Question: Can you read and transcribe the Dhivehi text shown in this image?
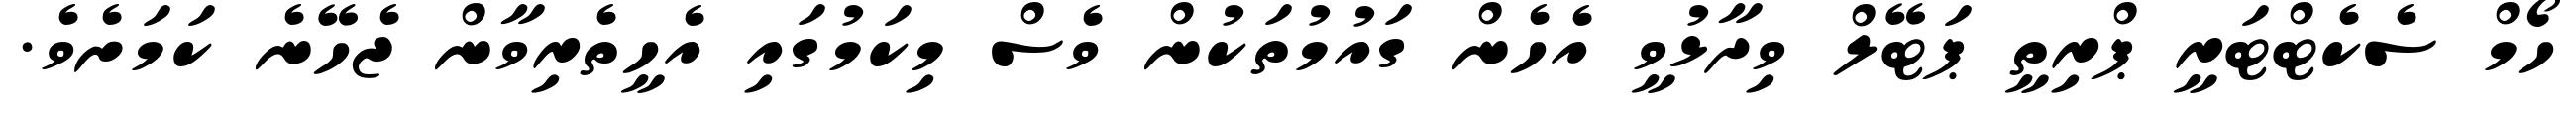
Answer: ހޯމް ސެކެޓްޓަރީ ޕްރިތީ ޕަޓޭލް ވިދާޅުވީ އެހެން ގައުމުތަކުން ވެސް މިކަމުގައި އެހީތެރިވާން ޖެހޭނެ ކަމަށެވެ.